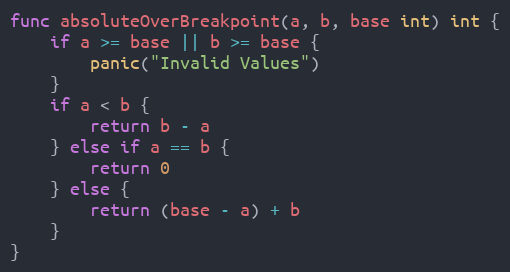
Language: Go
func absoluteOverBreakpoint(a, b, base int) int {
	if a >= base || b >= base {
		panic("Invalid Values")
	}
	if a < b {
		return b - a
	} else if a == b {
		return 0
	} else {
		return (base - a) + b
	}
}